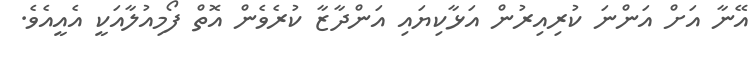
އޭނާ އަށް އަންނަ ކުރިއިރުން އަޅާކިޔައި އަންދާޒާ ކުރެވެން އޮތް ފޯމިއުލާއަކީ އެއީއެވެ.